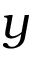
y